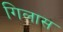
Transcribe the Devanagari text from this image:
गिलास